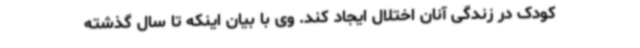
کودک در زندگی آنان اختلال ایجاد کند. وی با بیان اینکه تا سال گذشته